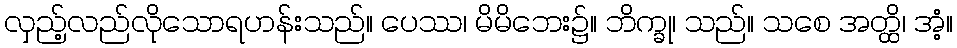
လှည့်လည်လိုသောရဟန်းသည်။ ပေဿ၊ မိမိဘေး၌။ ဘိက္ခု၊ သည်။ သစေ အတ္ထိ၊ အံ့။